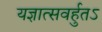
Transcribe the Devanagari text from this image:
यज्ञात्सवर्हुतऽ